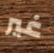
غير